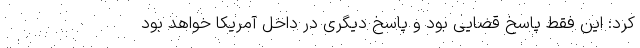
کرد: این فقط پاسخ قضایی بود و پاسخ دیگری در داخل آمریکا خواهد بود